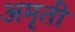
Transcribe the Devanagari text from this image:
अमृती